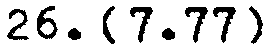
26. [7.77]